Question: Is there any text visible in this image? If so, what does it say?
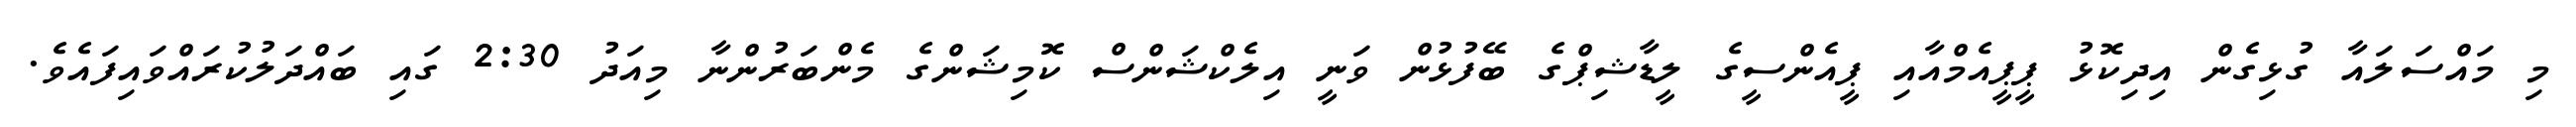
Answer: މި މައްސަލައާ ގުޅިގެން އިދިކޮޅު ޕީޕީއެމްއާއި ޕީއެންސީގެ ލީޑާޝިޕްގެ ބޭފުޅުން ވަނީ އިލެކްޝަންސް ކޮމިޝަންގެ މެންބަރުންނާ މިއަދު 2:30 ގައި ބައްދަލުކުރައްވައިފައެވެ.